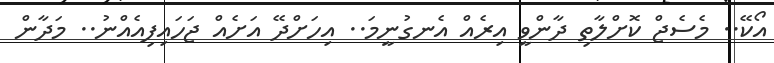
އޯކޭ.. މެސެޖް ކޮށްލާތި ދާންވީ އިރެއް އެނގުނީމަ.. އިހަށްދޭ އަށެއް ޖަހައިފިއެއްނު.. މަދާން